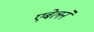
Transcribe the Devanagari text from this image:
एबेलने